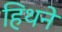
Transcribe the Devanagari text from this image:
हिथने